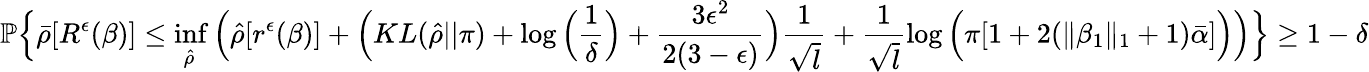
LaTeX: \mathbb{P}\Big\{ \bar{\rho}[R^{\epsilon}(\beta)]\leq\operatorname*{inf}_{\hat{\rho}}\Big(\hat{\rho}[r^{\epsilon}(\beta)]+\Big(KL(\hat{\rho}||\pi)+\log\Big(\frac{1}{\delta}\Big)+\frac{3\epsilon^{2}}{2(3-\epsilon)}\Big)\frac{1}{\sqrt{l}}+\frac{1}{\sqrt{l}}\log\Big(\pi[1+2(\| \beta_{1}\| _{1}+1)\bar{\alpha}]\Big)\Big)\Big\} \geq 1-\delta